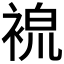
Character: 𧚷